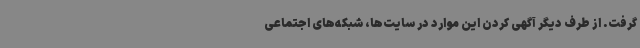
گرفت. از طرف دیگر آگهی کردن این موارد در سایت‌ها، شبکه‌های اجتماعی